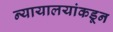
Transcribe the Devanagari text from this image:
न्यायालयांकडून